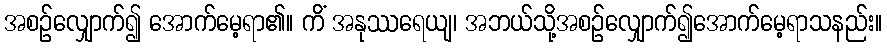
အစဉ်လျှောက်၍ အောက်မေ့ရာ၏။ ကိံ အနုဿရေယျ၊ အဘယ်သို့အစဉ်လျှောက်၍အောက်မေ့ရာသနည်း။